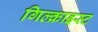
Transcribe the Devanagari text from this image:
गिल्क्राइस्ट